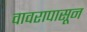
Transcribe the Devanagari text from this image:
वावरापासून